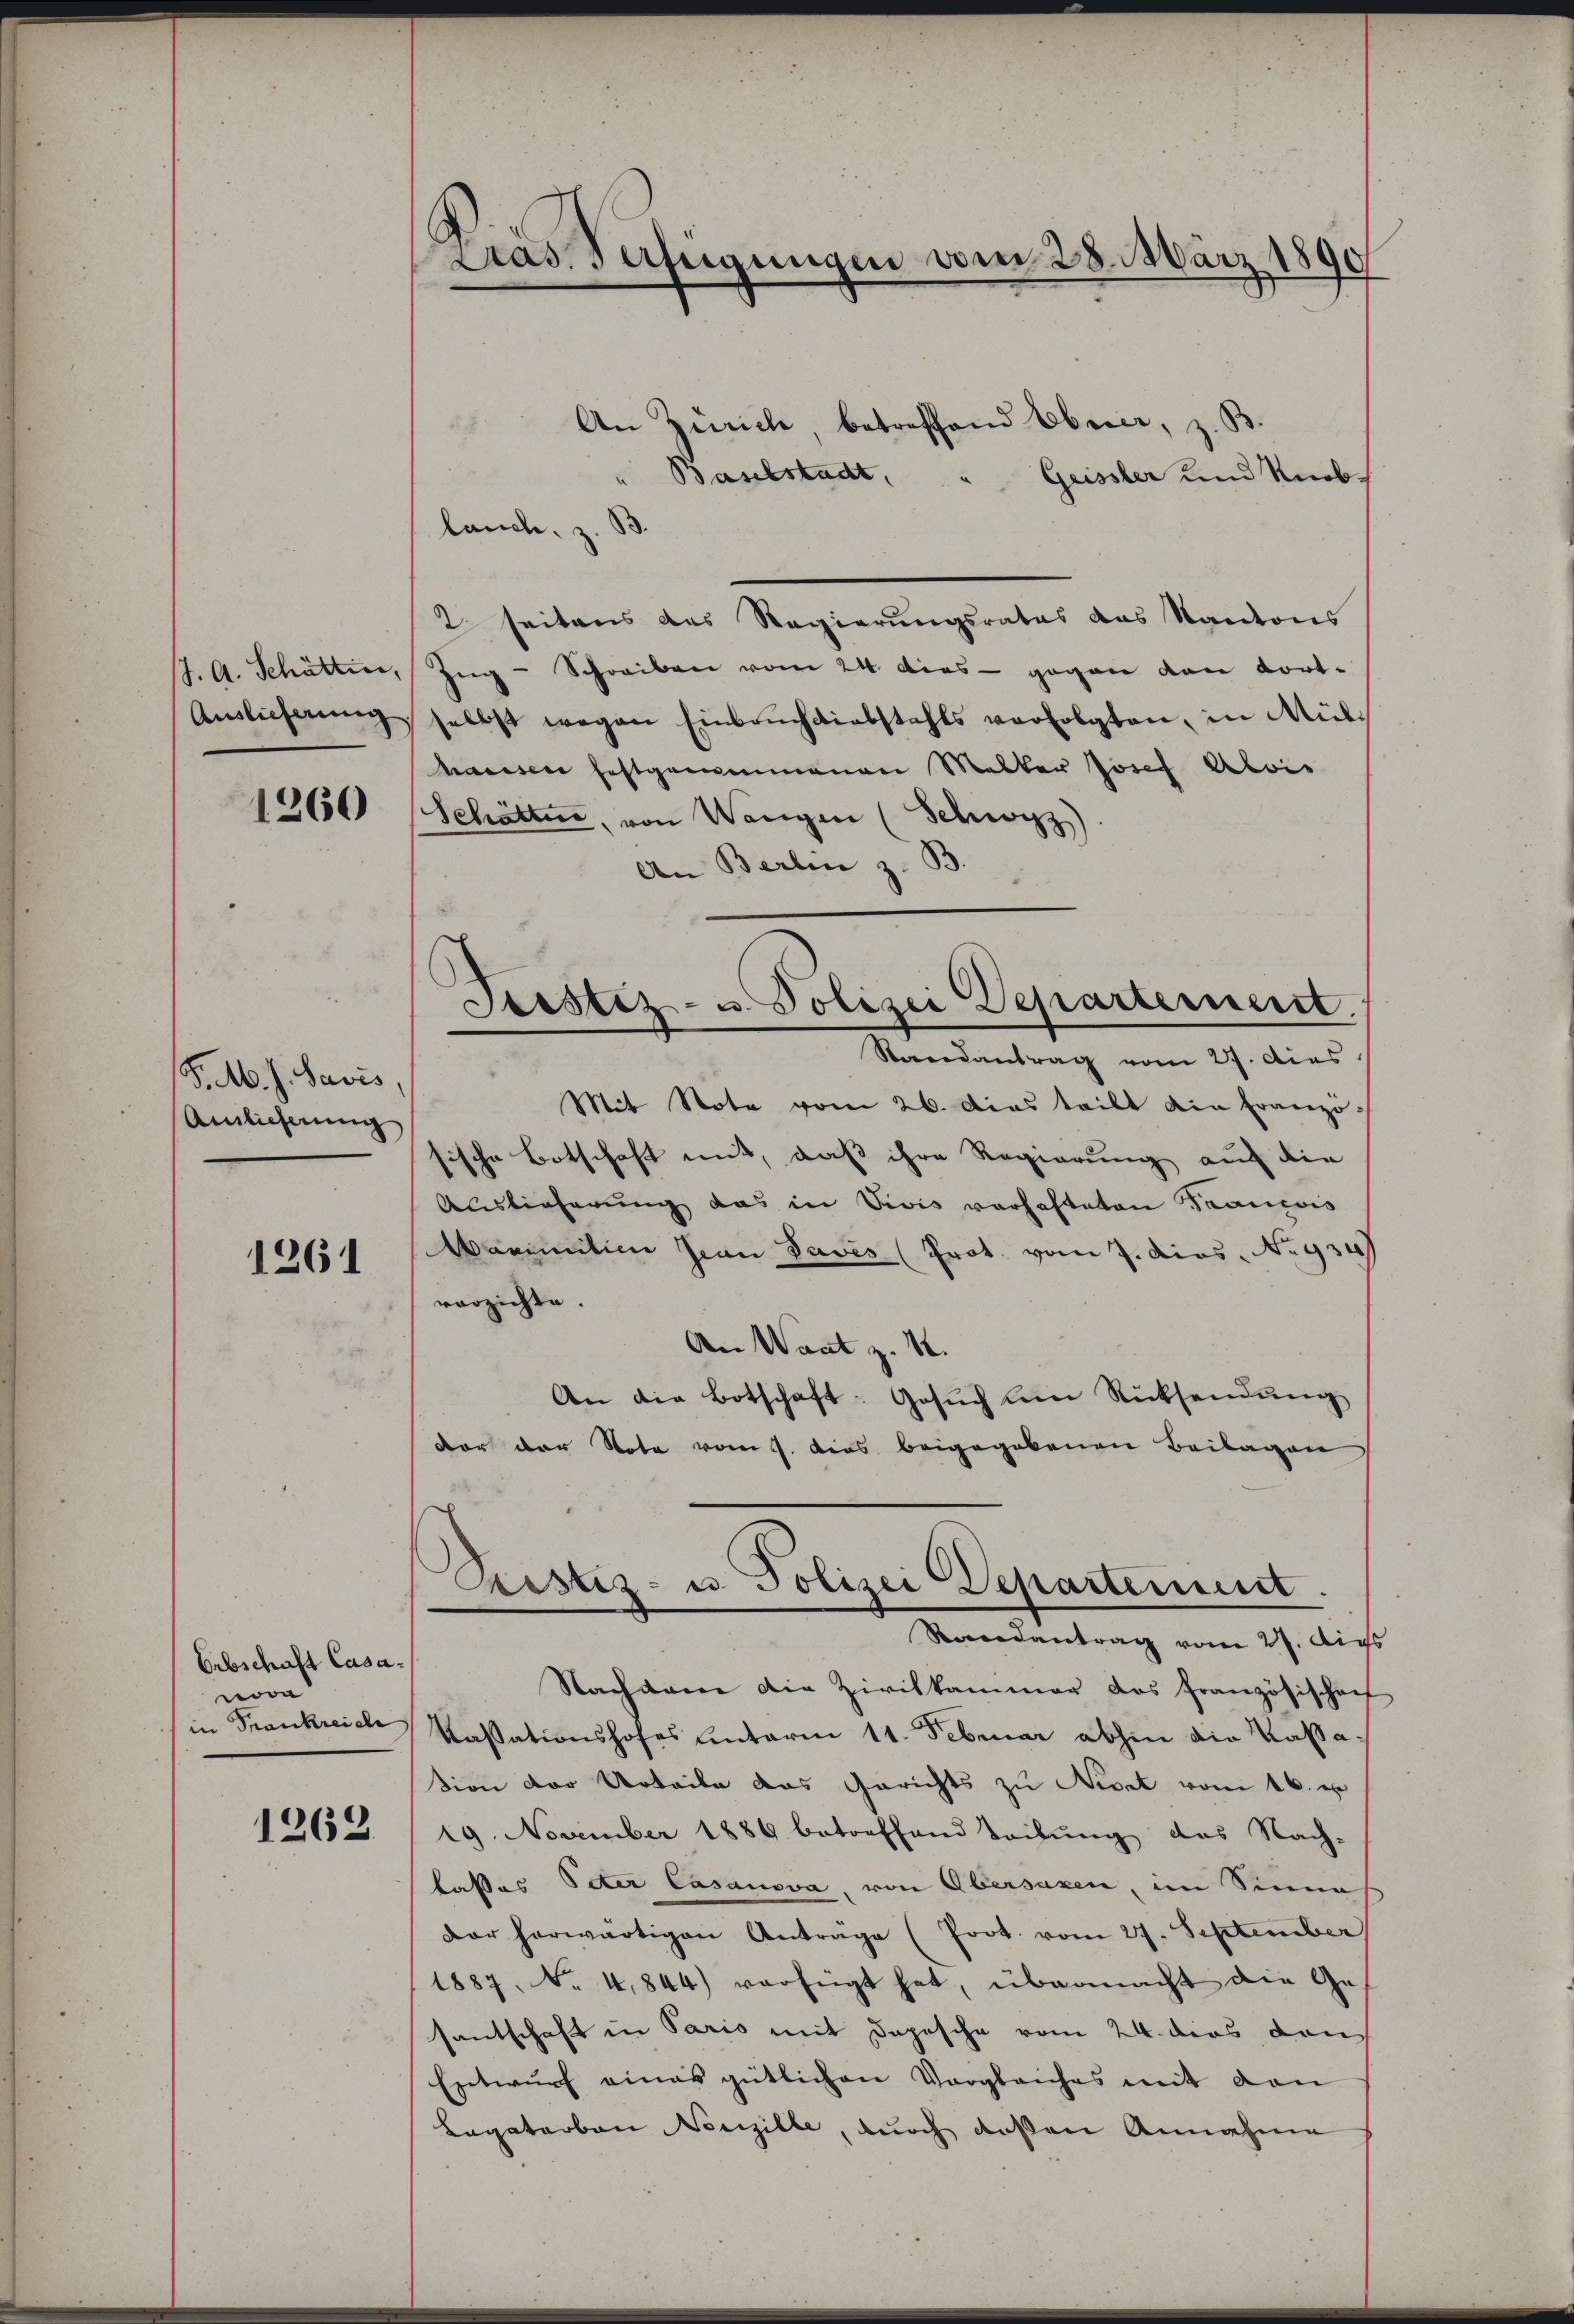
J. A. Schöttin,

1260

S. M. h. Savis,
Amlicherung

1261

Erbschaft Casanova
in Trankreiche

1263.

Pras. Verfügungen vom 28. März 1890

An Zürich, betreffend Oberer, z. B
4
" Baselstadt,
Geissler und Rieblanche, z. B
2 seitens des Regierungsrates das Kantons
Ing-Schreiben vom 24. dies - gegen den Fort-
Auslieferŭng selbst wegen Einbrüchdiebstahls verfolgten, in Mülhassen festgenommenen Melker Josef Alois
Schötter, von Wangen (Schwyz)
An Berlin z. B.
Staendantrag vom 27. Das
Mit Note vom 26. Das teilt ain Französische Botschaft mit, daß ihre Regierung auf die
Auslieferung das in Divis verhafteten Francois
Mariation Jean Pavis (Prot. vom 7. Dies. No. 934)
vorzichte.
An Wart z. 1.
An die Botschaft: Gesŭch um Rücksendung
vor der Note vom 5. dies beigegebenen Beilagen
Pristiz- u. Polizei Departement.
Rerendantrag vom 27. Augs
Nachdem die Zivilkammer das Französischen
Kassationshofes unterm 11. Februar abhin die Kassa
sion der Urteile das Gerichts zu Nivet vom 16. u
19. November 1889 betreffend Teilung des Nach-
lasses Peter Casanova, von Obersaxen, im Sinnah
dar herwärtigen Anträge (Prot. vom 27. September
1887, No 4844) verfügt hat, übermacht die Ge-
santschaft in Paris mit Depesche vom 24. dies von
Entwurf eines gütlichen Vergleiches mit den
Legatarban Neuzille, durch deßen Annahme

Sistiz- u. Polizei Departernerst